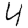
Digit: 4